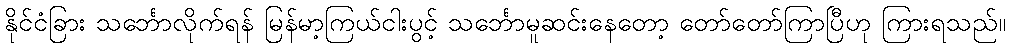
နိုင်ငံခြား သင်္ဘောလိုက်ရန် မြန်မာ့ကြယ်ငါးပွင့် သင်္ဘောမူဆင်းနေတော့ တော်တော်ကြာပြီဟု ကြားရသည်။